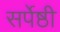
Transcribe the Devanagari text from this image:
सर्पेष्ठी